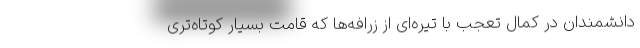
دانشمندان در کمال تعجب با تیره‌ای از زرافه‌ها که قامت بسیار کوتاه‌تری